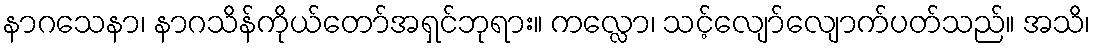
နာဂသေနာ၊ နာဂသိန်ကိုယ်တော်အရှင်ဘုရား။ ကလ္လော၊ သင့်လျော်လျောက်ပတ်သည်။ အသိ၊